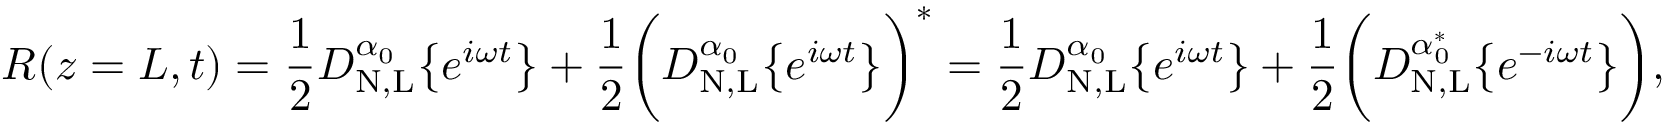
R ( z = L , t ) = \frac { 1 } { 2 } D _ { \mathrm { N , L } } ^ { \alpha _ { 0 } } \big \{ { e ^ { i \omega t } \big \} } + \frac { 1 } { 2 } \bigg ( D _ { \mathrm { N , L } } ^ { \alpha _ { 0 } } \big \{ { e ^ { i \omega t } \big \} } \bigg ) ^ { * } = \frac { 1 } { 2 } D _ { \mathrm { N , L } } ^ { \alpha _ { 0 } } \big \{ { e ^ { i \omega t } \big \} } + \frac { 1 } { 2 } \bigg ( D _ { \mathrm { N , L } } ^ { \alpha _ { 0 } ^ { * } } \big \{ { e ^ { - i \omega t } \big \} } \bigg ) ,